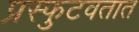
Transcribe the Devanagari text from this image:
प्रस्फुटवतात